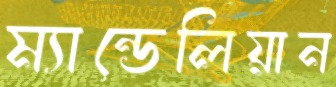
ম্যান্ডেলিয়ান